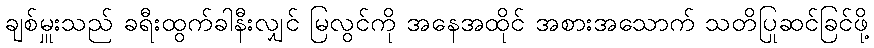
ချစ်မှူးသည် ခရီးထွက်ခါနီးလျှင် မြလွင်ကို အနေအထိုင် အစားအသောက် သတိပြုဆင်ခြင်ဖို့